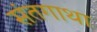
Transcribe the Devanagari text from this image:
संतगाथा